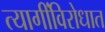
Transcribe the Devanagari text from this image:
त्यागींविरोधात